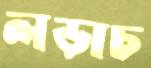
লড়াচ